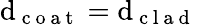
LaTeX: \mathrm{d}_{\mathrm{{~c~o~a~t~}}}=\mathrm{d}_{\mathrm{{~c~l~a~\mathrm{d}~}}}